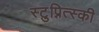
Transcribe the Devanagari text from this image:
स्टुप्नित्स्की